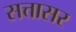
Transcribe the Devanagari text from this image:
सत्तासर